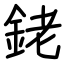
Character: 銠